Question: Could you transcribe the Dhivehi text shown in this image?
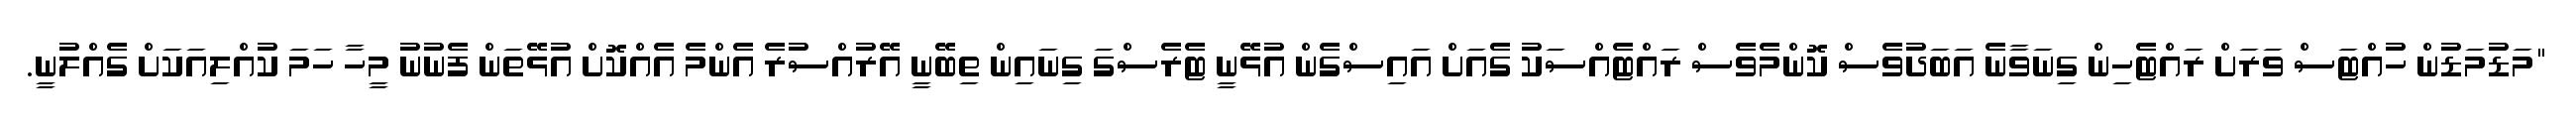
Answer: "މަޑުމަޑުން ހުއްޓަސް ވަރަށް ރައްޓެހިން ގިނަވާނެ އަބަދުވެސް ކޮންމެވެސް ރައްޓެއްސަކު ގެއަށް އައިސްގެން އުޅޭނީ ޓެރެސްގަ ގިނައިން ތިބޭނީ އޭރުއްސުރެ އެންމެ އެއްކޮށް އުޅޭތަން ފެނުނު މީހާ ހަމަ ކުއްލިއަކަށް ގެއްލުނީ.